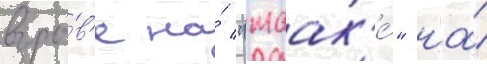
взры́в'е на́ "маак'е́" на́